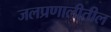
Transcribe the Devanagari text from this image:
जलप्रणालीतील